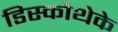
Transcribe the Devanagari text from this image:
डिस्कोथेके